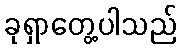
ခုရှာတွေ့ပါသည်